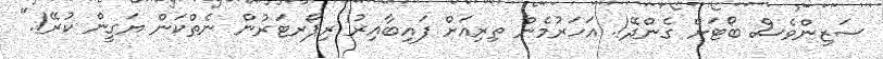
ސަޒިންވެސް ބޯޓަށް ގެންދޭ!. އަހަރުމެން ތިރިއަށް ފައިބާއިރު ރިޕޯރޓަރުން ނެތްކަން ޔަގީން ކުރޭ!."